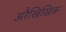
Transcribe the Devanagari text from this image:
अरैखिखिक